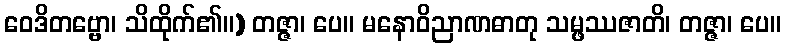
ဝေဒိတဗ္ဗော၊ သိထိုက်၏။) တဇ္ဇာ၊ ပေ။ မနောဝိညာဏဓာတု သမ္ဖဿဇာတိ၊ တဇ္ဇာ၊ ပေ။